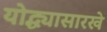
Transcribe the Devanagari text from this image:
योद्ध्यासारखे